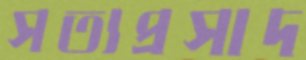
সত্যপ্রসাদ